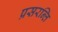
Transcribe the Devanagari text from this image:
प्रसरन्ति